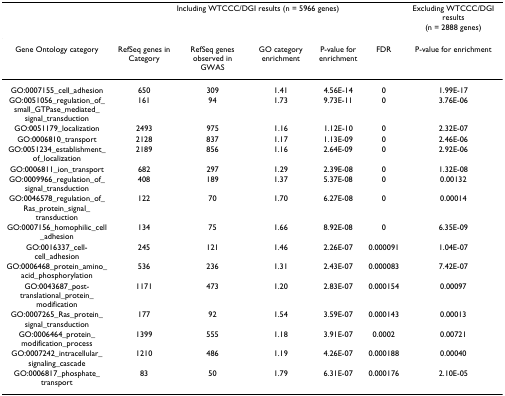
<table><thead><tr><td></td><td colspan="5"><b>Including WTCCC/DGI results (n = 5966 genes)</b></td><td><b>Excluding WTCCC/DGI results (n = 2888 genes)</b></td></tr></thead><tbody><tr><td>Gene Ontology category</td><td>RefSeq genes in Category</td><td>RefSeq genes observed in GWAS</td><td>GO category enrichment</td><td>P-value for enrichment</td><td>FDR</td><td>P-value for enrichment</td></tr><tr><td>GO:0007155_cell_adhesion</td><td>650</td><td>309</td><td>1.41</td><td>4.56E-14</td><td>0</td><td>1.99E-17</td></tr><tr><td>GO:0051056_regulation_of_small_GTPase_mediated_signal_transduction</td><td>161</td><td>94</td><td>1.73</td><td>9.73E-11</td><td>0</td><td>3.76E-06</td></tr><tr><td>GO:0051179_localization</td><td>2493</td><td>975</td><td>1.16</td><td>1.12E-10</td><td>0</td><td>2.32E-07</td></tr><tr><td>GO:0006810_transport</td><td>2128</td><td>837</td><td>1.17</td><td>1.13E-09</td><td>0</td><td>2.46E-06</td></tr><tr><td>GO:0051234_establishment_of_localization</td><td>2189</td><td>856</td><td>1.16</td><td>2.64E-09</td><td>0</td><td>2.92E-06</td></tr><tr><td>GO:0006811_ion_transport</td><td>682</td><td>297</td><td>1.29</td><td>2.39E-08</td><td>0</td><td>1.32E-08</td></tr><tr><td>GO:0009966_regulation_of_signal_transduction</td><td>408</td><td>189</td><td>1.37</td><td>5.37E-08</td><td>0</td><td>0.00132</td></tr><tr><td>GO:0046578_regulation_of_Ras_protein_signal_transduction</td><td>122</td><td>70</td><td>1.70</td><td>6.27E-08</td><td>0</td><td>0.00014</td></tr><tr><td>GO:0007156_homophilic_cell_adhesion</td><td>134</td><td>75</td><td>1.66</td><td>8.92E-08</td><td>0</td><td>6.35E-09</td></tr><tr><td>GO:0016337_cell-cell_adhesion</td><td>245</td><td>121</td><td>1.46</td><td>2.26E-07</td><td>0.000091</td><td>1.04E-07</td></tr><tr><td>GO:0006468_protein_amino_acid_phosphorylation</td><td>536</td><td>236</td><td>1.31</td><td>2.43E-07</td><td>0.000083</td><td>7.42E-07</td></tr><tr><td>GO:0043687_post-translational_protein_modification</td><td>1171</td><td>473</td><td>1.20</td><td>2.83E-07</td><td>0.000154</td><td>0.00097</td></tr><tr><td>GO:0007265_Ras_protein_signal_transduction</td><td>177</td><td>92</td><td>1.54</td><td>3.59E-07</td><td>0.000143</td><td>0.00013</td></tr><tr><td>GO:0006464_protein_modification_process</td><td>1399</td><td>555</td><td>1.18</td><td>3.91E-07</td><td>0.0002</td><td>0.00721</td></tr><tr><td>GO:0007242_intracellular_signaling_cascade</td><td>1210</td><td>486</td><td>1.19</td><td>4.26E-07</td><td>0.000188</td><td>0.00040</td></tr><tr><td>GO:0006817_phosphate_transport</td><td>83</td><td>50</td><td>1.79</td><td>6.31E-07</td><td>0.000176</td><td>2.10E-05</td></tr></tbody></table>